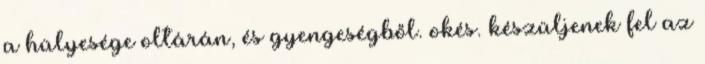
a hülyesége oltárán, és gyengeségből. okés. készüljenek fel az